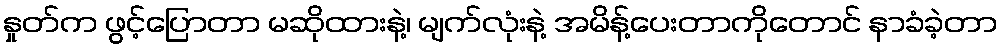
နှုတ်က ဖွင့်ပြောတာ မဆိုထားနဲ့၊ မျက်လုံးနဲ့ အမိန့်ပေးတာကိုတောင် နာခံခဲ့တာ